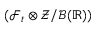
( \mathcal { F } _ { t } \otimes \mathcal { Z } / \mathcal { B } ( \mathbb { R } ) )